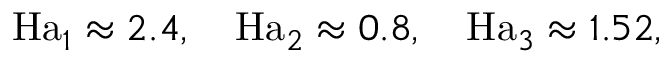
\mathrm { H a } _ { 1 } \approx 2 . 4 , \quad \mathrm { H a } _ { 2 } \approx 0 . 8 , \quad \mathrm { H a } _ { 3 } \approx 1 . 5 2 ,